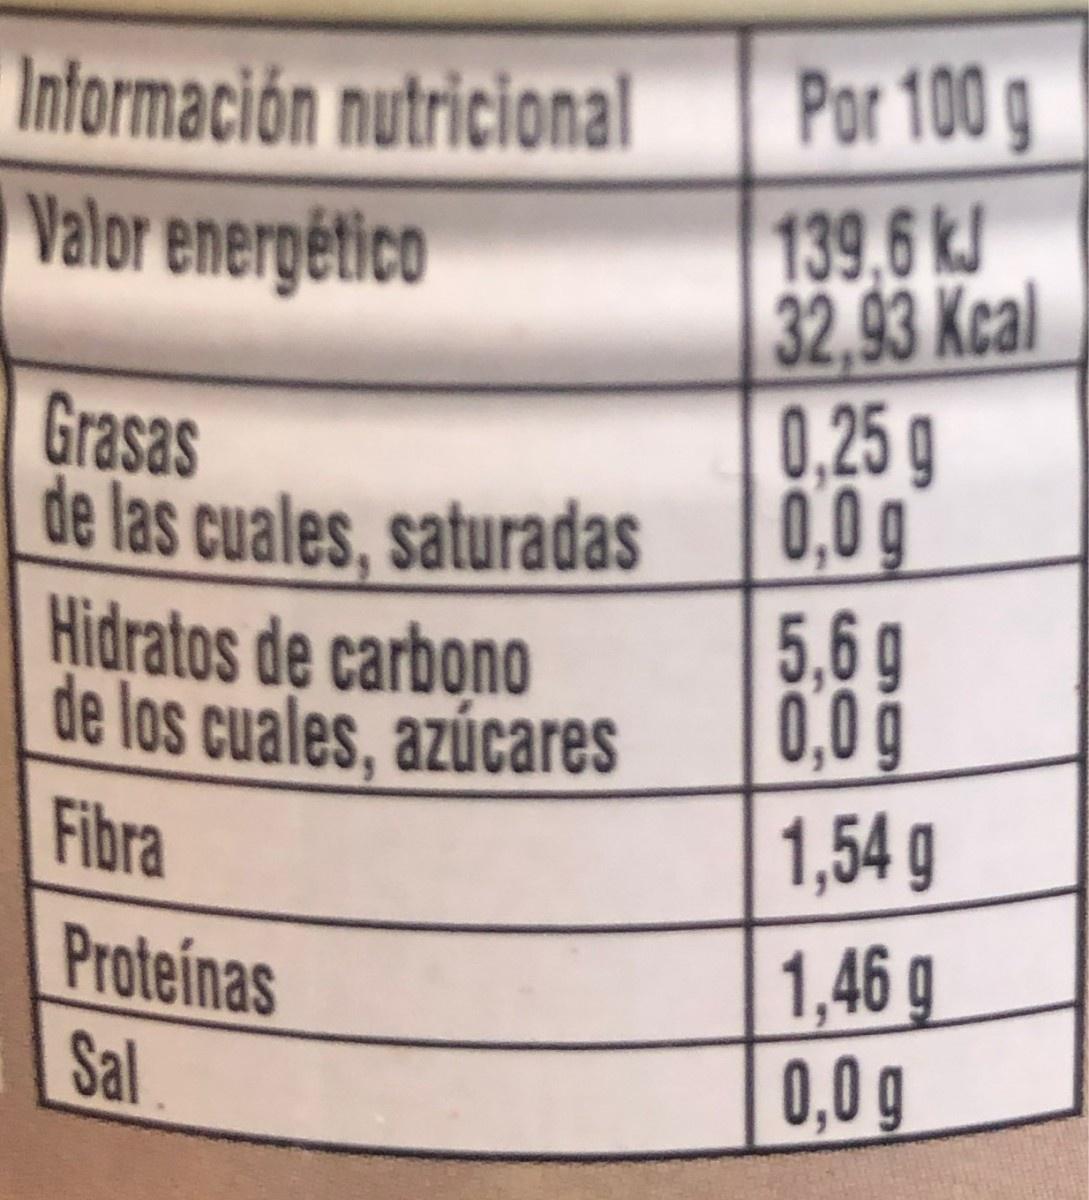
Información nutricional Por 100 g 139,6kJ 32,93 Kcal 0,25 g 0,0 g 5,6g 0,0 g Valor energético Grasas de las cuales, saturadas Hidratos de carbono de los cuales, azúcares Fibra 1,54 g 1,46 g 0,0 g Proteinas Sal